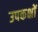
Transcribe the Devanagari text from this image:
उपकक्षों